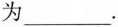
积为___.